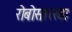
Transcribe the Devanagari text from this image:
रोबोसारखा